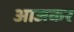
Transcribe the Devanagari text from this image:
आजकर